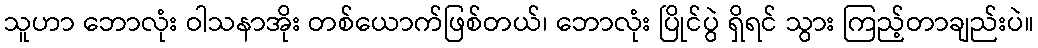
သူဟာ ဘောလုံး ဝါသနာအိုး တစ်ယောက်ဖြစ်တယ်၊ ဘောလုံး ပြိုင်ပွဲ ရှိရင် သွား ကြည့်တာချည်းပဲ။